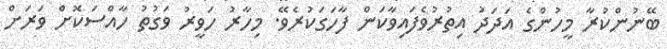
ބޭނުންކުރާ މީހުންގެ އަދަދު އިތުރުވެފައިވާކަން ފާހަގަކުރެވޭ. މިހާރު ހަވީރު ވަގުތު ހާއްސަކޮށް ވަރަށް